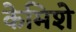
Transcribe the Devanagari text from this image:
केमिशे